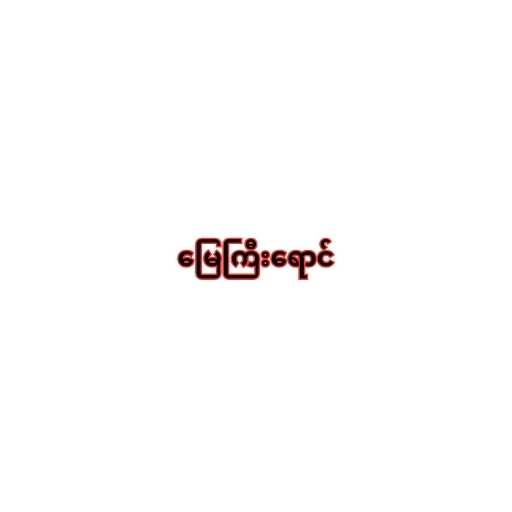
မြေကြီးရောင်